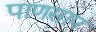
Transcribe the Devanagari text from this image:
पाणसाप